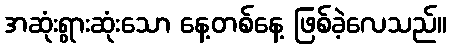
အဆုံးရွားဆုံးသော နေ့တစ်နေ့ ဖြစ်ခဲ့လေသည်။